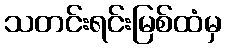
သတင်းရင်းမြစ်ထံမှ